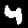
Digit: 4